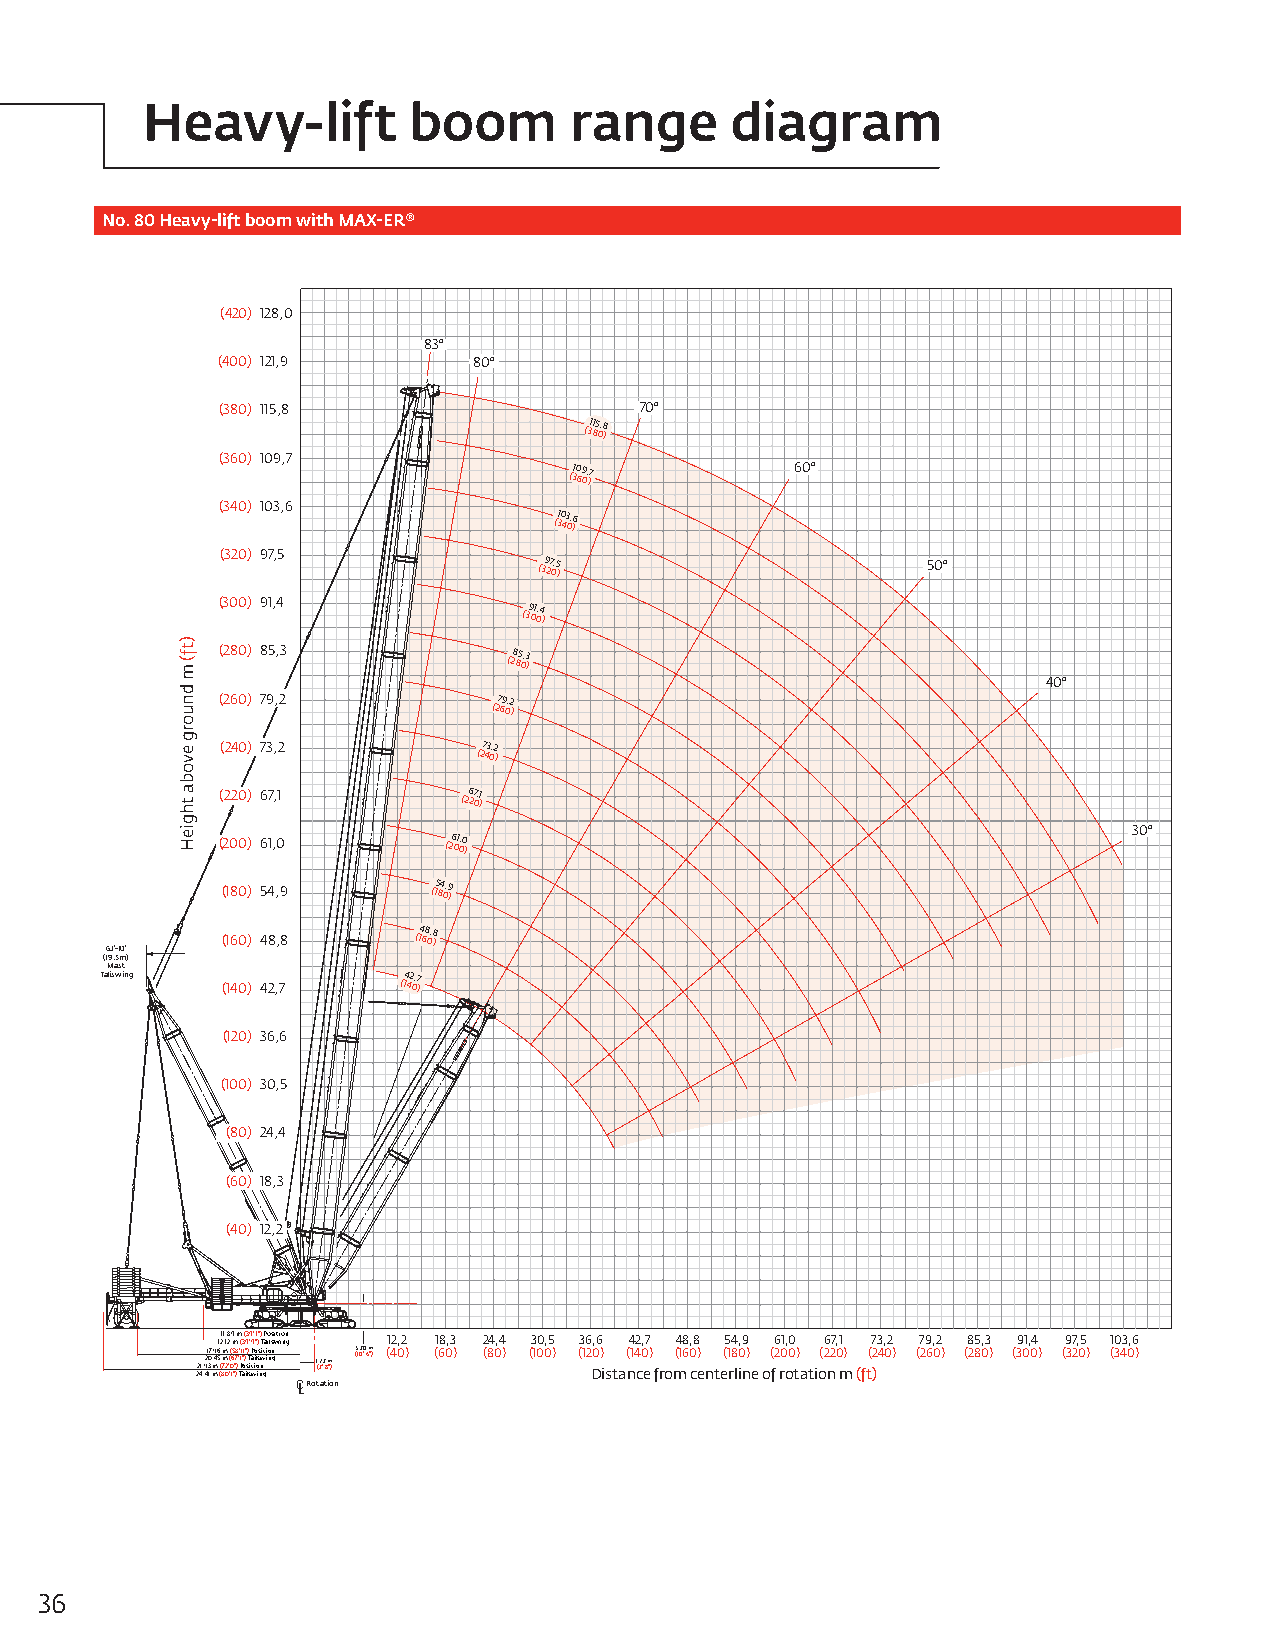
Heavy-lift        boom       range     diagram
 No. 80 Heavy-lift boom with MAX-ER®
 (420) 128,0
 83°
 (400) 121,9      80°
 (380) 115,8                70°
 (311 85 0,8
 )
 (360) 109,7
 (310 69 0, )7  60°
 (340) 103,6
 (310 43 0, )6
 (320) 97,5
 (39 27 0,5
 )
 50°
 (300) 91,4
 (39 01 0,4
 )
 (280) 85,3         (28 85 0,3
 )
 40°
 (260) 79,2        (27 69 0,2
 )
 (240) 73,2      (27 43 0,2
 )
 (220) 67,1     (26 27 0,1
 )
 30°
 (200) 61,0     (26 01 0,0
 )
 (180) 54,9   (15 84 0,9
 )
 (160) 48,8  (14 68 0, )8
 63'-10"
 (19.5m)
 Mast
 Taliswing
 (140) 42,7
 (14 42 0,7
 )
 (120) 36,6
 (100) 30,5
 (80) 24,4
 (60) 18,3
 (40) 12,2
 1211 ,1,8 2 9 m m (3 ( 93 '9 9' "1 )" ) T P ao ils si wti io nn g 12,2 18,3 24,4 30,5 36,6 42,7 48,8 54,9 61,0 67,1 73,2 79,2 85,3 91,4 97,5 103,6
 22 41, ,9 421 30 17 m, , m49 56 (( 8m 7m 2 0' ' (( 0 165 ""78 )) ' T' P 11 a"1 o)" l is) T s iP a wtl io i o iss nnwi gti io nn g 1(,27'2 8 m") 3(1,020' 6 m") (40) (60) (80) (100) (12 D0) ista( n14 c0 e) from(16 0 c) ente(1 r8 l0 in) e o( f2 r0 o0 t) atio(2 n20 m) (ft(2 )40) (260) (280) (300) (320) (340)
 Rotation
 36
 )tf(
 m
 dnuorg
 evoba
 thgieH